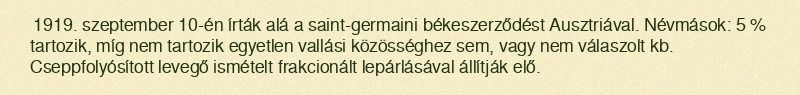
1919. szeptember 10-én írták alá a saint-germaini békeszerződést Ausztriával. Névmások: 5 % tartozik, míg nem tartozik egyetlen vallási közösséghez sem, vagy nem válaszolt kb. Cseppfolyósított levegő ismételt frakcionált lepárlásával állítják elő.